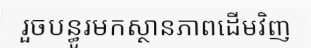
រួចបន្ធូរមកស្ថានភាពដើមវិញ